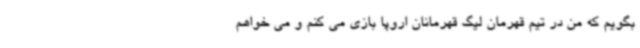
بگویم که من در تیم قهرمان لیگ قهرمانان اروپا بازی می کنم و می خواهم